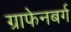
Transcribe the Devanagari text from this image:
ग्राफेनबर्ग